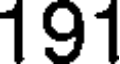
191